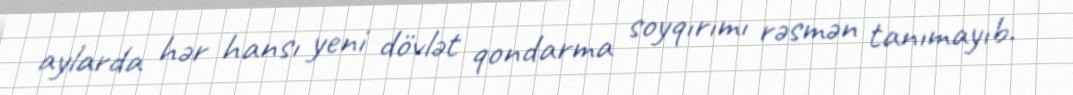
aylarda hər hansı yeni dövlət qondarma soyqırımı rəsmən tanımayıb.